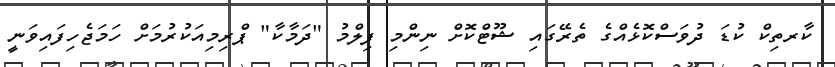
ކާރތިކް ކުޑަ ދުވަސްކޮޅެއްގެ ތެރޭގައި ޝޫޓްކޮށް ނިންމި ފިލްމު "ދަމާކާ" ޕްރިމިއަކުރުމަށް ހަމަޖެހިފައިވަނީ